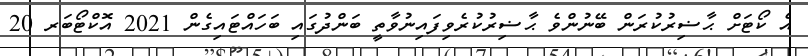
އެ ކޯޓަށް ޙާޟިރުކުރަން ބޭނުންވެ ޙާޟިރުކުރެވިފައިނުވާތީ ބަންދުގައި ބަހައްޓައިގެން 2021 އޮކްޓޯބަރ 20